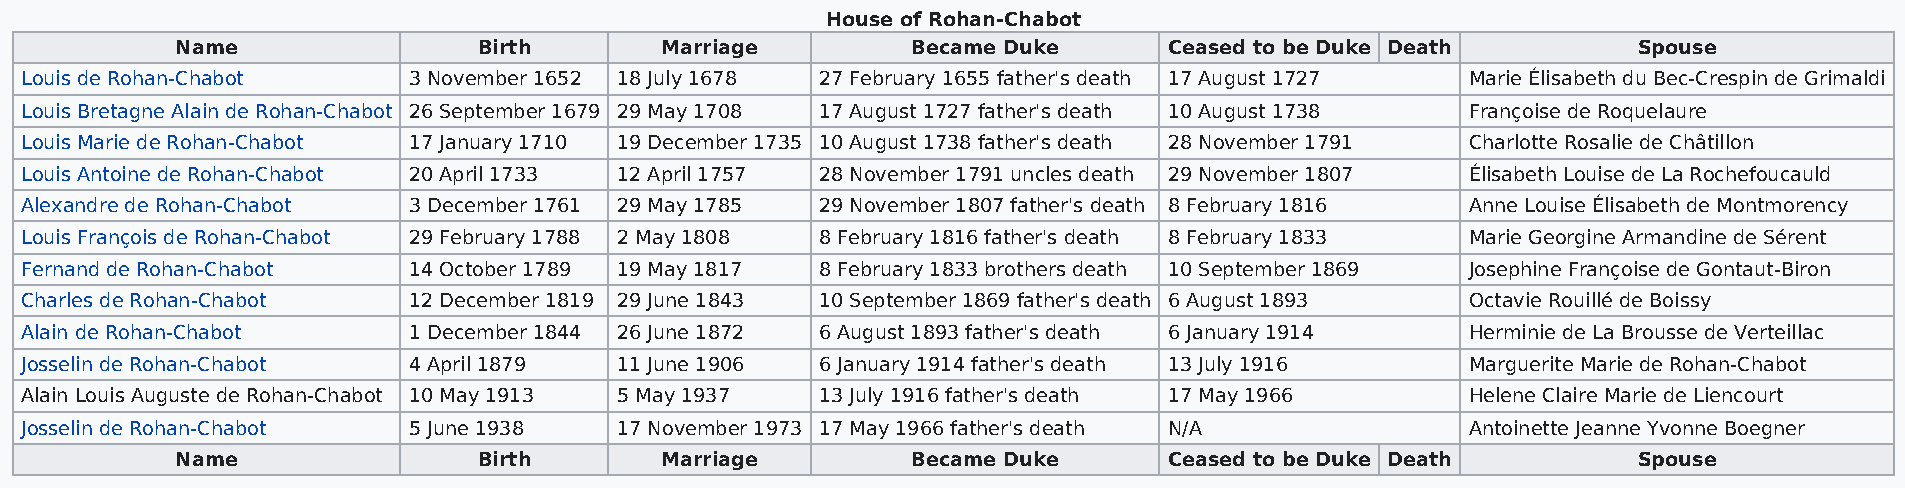
House of Rohan-Chabot
 Name                Birth       Marriage        Became Duke      Ceased to be Duke Death        Spouse
 Louis de Rohan-Chabot     3 November 1652 18 July 1678 27 February 1655 father's death 17 August 1727 Marie Élisabeth du Bec-Crespin de Grimaldi
 Louis Bretagne Alain de Rohan-Chabot 26 September 1679 29 May 1708 17 August 1727 father's death 10 August 1738 Françoise de Roquelaure
 Louis Marie de Rohan-Chabot 17 January 1710 19 December 1735 10 August 1738 father's death 28 November 1791 Charlotte Rosalie de Châtillon
 Louis Antoine de Rohan-Chabot 20 April 1733 12 April 1757 28 November 1791 uncles death 29 November 1807 Élisabeth Louise de La Rochefoucauld
 Alexandre de Rohan-Chabot 3 December 1761 29 May 1785 29 November 1807 father's death 8 February 1816 Anne Louise Élisabeth de Montmorency
 Louis François de Rohan-Chabot 29 February 1788 2 May 1808 8 February 1816 father's death 8 February 1833 Marie Georgine Armandine de Sérent
 Fernand de Rohan-Chabot   14 October 1789 19 May 1817 8 February 1833 brothers death 10 September 1869 Josephine Françoise de Gontaut-Biron
 Charles de Rohan-Chabot   12 December 1819 29 June 1843 10 September 1869 father's death 6 August 1893 Octavie Rouillé de Boissy
 Alain de Rohan-Chabot     1 December 1844 26 June 1872 6 August 1893 father's death 6 January 1914 Herminie de La Brousse de Verteillac
 Josselin de Rohan-Chabot  4 April 1879  11 June 1906 6 January 1914 father's death 13 July 1916 Marguerite Marie de Rohan-Chabot
 Alain Louis Auguste de Rohan-Chabot 10 May 1913 5 May 1937 13 July 1916 father's death 17 May 1966 Helene Claire Marie de Liencourt
 Josselin de Rohan-Chabot  5 June 1938   17 November 1973 17 May 1966 father's death N/A         Antoinette Jeanne Yvonne Boegner
 Name                Birth       Marriage        Became Duke      Ceased to be Duke Death        Spouse